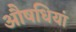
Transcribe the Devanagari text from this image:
औषधियां